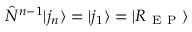
\hat { N } ^ { n - 1 } | j _ { n } \rangle = | j _ { 1 } \rangle = | R _ { \mathrm { ~ E ~ P ~ } } \rangle